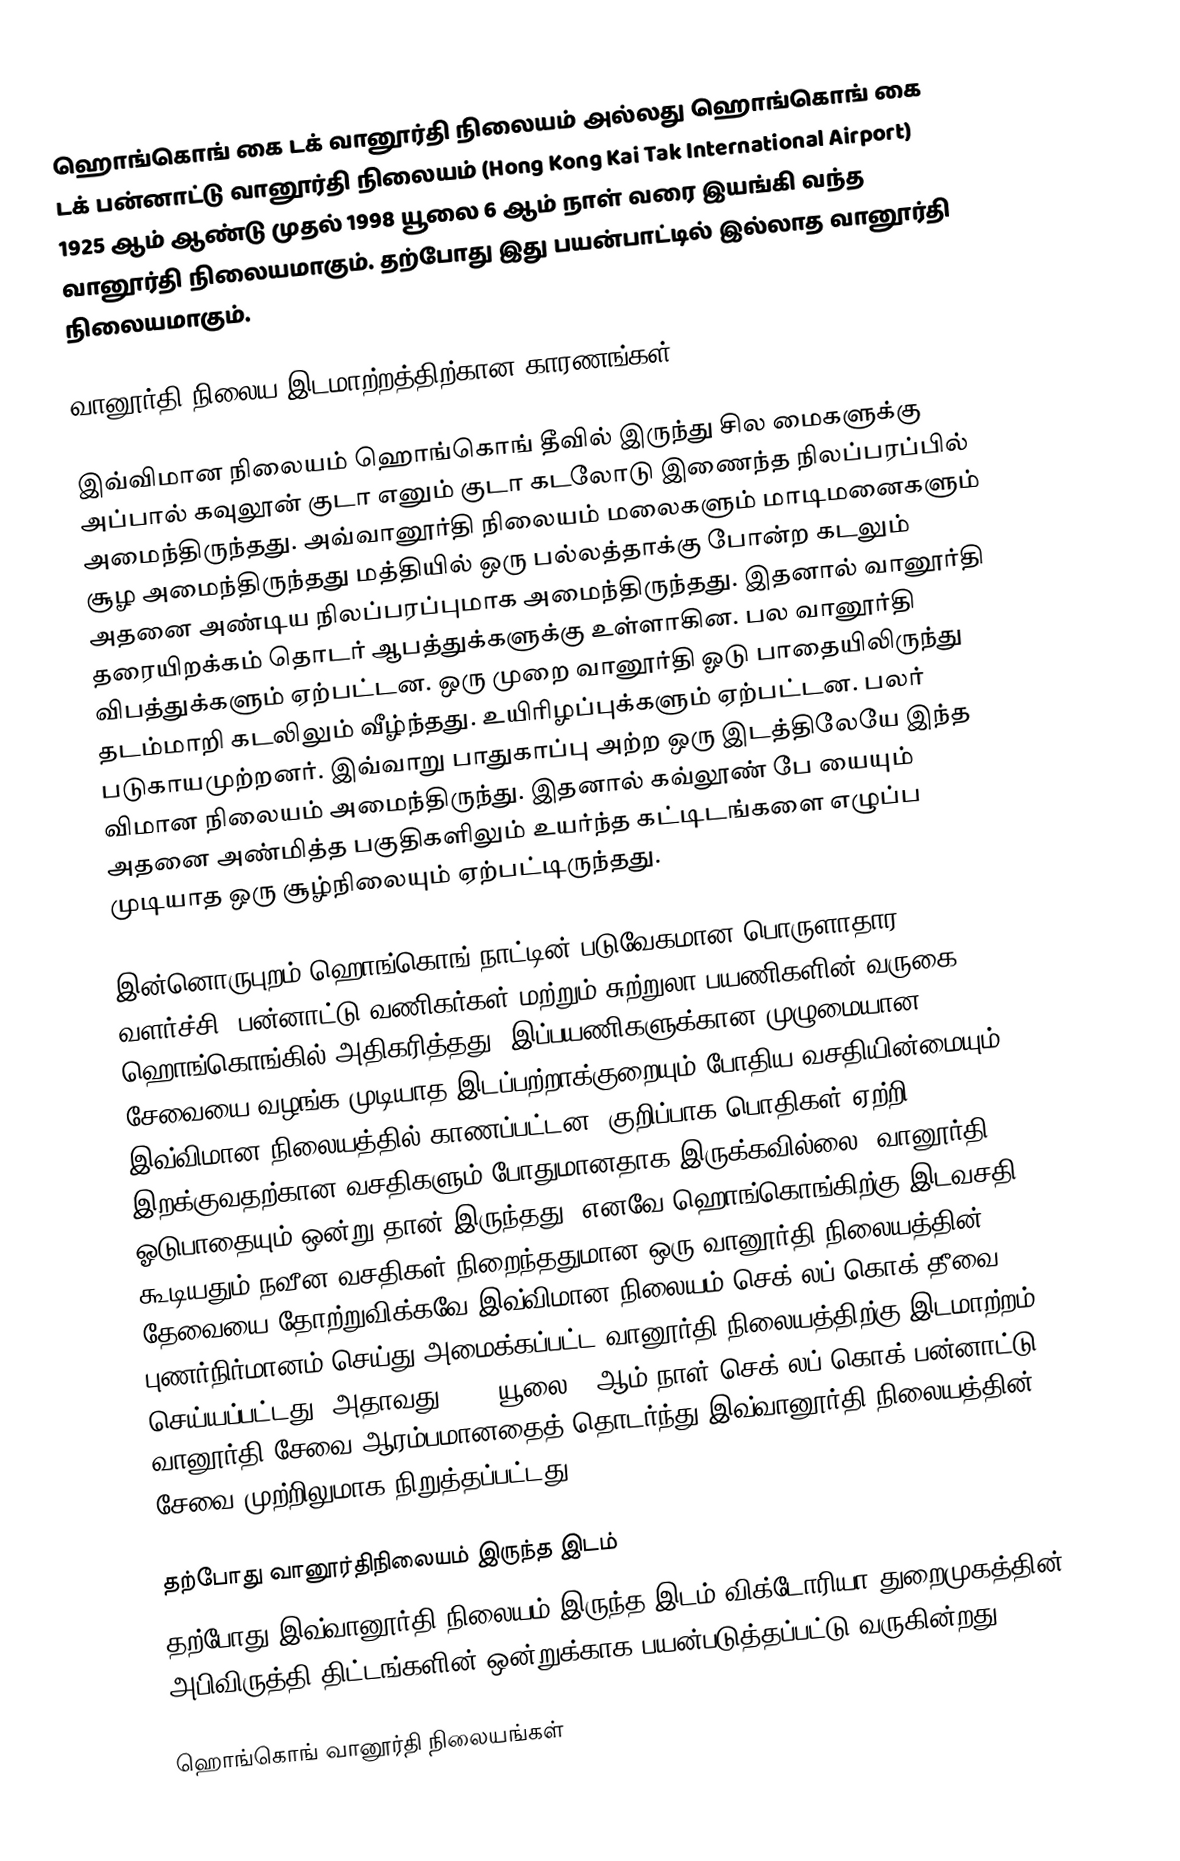
ஹொங்கொங் கை டக் வானூர்தி நிலையம் அல்லது ஹொங்கொங் கை டக் பன்னாட்டு வானூர்தி நிலையம் (Hong Kong Kai Tak International Airport) 1925 ஆம் ஆண்டு முதல் 1998 யூலை 6 ஆம் நாள் வரை இயங்கி வந்த வானூர்தி நிலையமாகும். தற்போது இது பயன்பாட்டில் இல்லாத வானூர்தி நிலையமாகும்.

வானூர்தி நிலைய இடமாற்றத்திற்கான காரணங்கள்

இவ்விமான நிலையம் ஹொங்கொங் தீவில் இருந்து சில மைகளுக்கு அப்பால் கவுலூன் குடா எனும் குடா கடலோடு இணைந்த நிலப்பரப்பில் அமைந்திருந்தது. அவ்வானூர்தி நிலையம் மலைகளும் மாடிமனைகளும் சூழ அமைந்திருந்தது மத்தியில் ஒரு பல்லத்தாக்கு போன்ற கடலும் அதனை அண்டிய நிலப்பரப்புமாக அமைந்திருந்தது. இதனால் வானூர்தி தரையிறக்கம் தொடர் ஆபத்துக்களுக்கு உள்ளாகின. பல வானூர்தி விபத்துக்களும் ஏற்பட்டன. ஒரு முறை வானூர்தி ஓடு பாதையிலிருந்து தடம்மாறி கடலிலும் வீழ்ந்தது. உயிரிழப்புக்களும் ஏற்பட்டன. பலர் படுகாயமுற்றனர். இவ்வாறு பாதுகாப்பு அற்ற ஒரு இடத்திலேயே இந்த விமான நிலையம் அமைந்திருந்து. இதனால் கவ்லூண் பே யையும் அதனை அண்மித்த பகுதிகளிலும் உயர்ந்த கட்டிடங்களை எழுப்ப முடியாத ஒரு சூழ்நிலையும் ஏற்பட்டிருந்தது.

இன்னொருபுறம் ஹொங்கொங் நாட்டின் படுவேகமான பொருளாதார வளர்ச்சி, பன்னாட்டு வணிகர்கள் மற்றும் சுற்றுலா பயணிகளின் வருகை ஹொங்கொங்கில் அதிகரித்தது. இப்பயணிகளுக்கான முழுமையான சேவையை வழங்க முடியாத இடப்பற்றாக்குறையும் போதிய வசதியின்மையும் இவ்விமான நிலையத்தில் காணப்பட்டன. குறிப்பாக பொதிகள் ஏற்றி இறக்குவதற்கான வசதிகளும் போதுமானதாக இருக்கவில்லை. வானூர்தி ஓடுபாதையும் ஒன்று தான் இருந்தது. எனவே ஹொங்கொங்கிற்கு இடவசதி கூடியதும் நவீன வசதிகள் நிறைந்ததுமான ஒரு வானூர்தி நிலையத்தின் தேவையை தோற்றுவிக்கவே இவ்விமான நிலையம் செக் லப் கொக் தீவை புணர்நிர்மானம் செய்து அமைக்கப்பட்ட வானூர்தி நிலையத்திற்கு இடமாற்றம் செய்யப்பட்டது. அதாவது 1998 யூலை 6 ஆம் நாள் செக் லப் கொக் பன்னாட்டு வானூர்தி சேவை ஆரம்பமானதைத் தொடர்ந்து இவ்வானூர்தி நிலையத்தின் சேவை முற்றிலுமாக நிறுத்தப்பட்டது.

தற்போது வானூர்திநிலையம் இருந்த இடம்
தற்போது இவ்வானூர்தி நிலையம் இருந்த இடம் விக்டோரியா துறைமுகத்தின் அபிவிருத்தி திட்டங்களின் ஒன்றுக்காக பயன்படுத்தப்பட்டு வருகின்றது.

ஹொங்கொங் வானூர்தி நிலையங்கள்